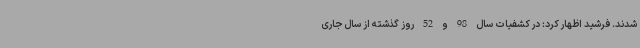
شدند. فرشید اظهار کرد: در کشفیات سال 98 و 52 روز گذشته از سال جاری